Civil Veterinary Dept. North-West Frontier Province 1923-32 - 1923-1932
Year: 1923
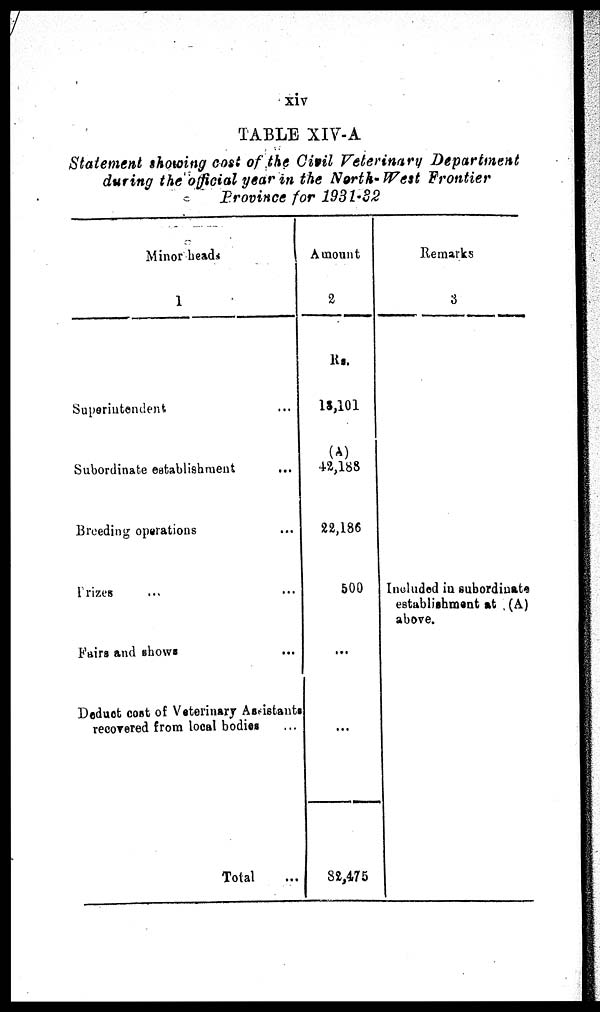
xiv
TABLE XIV-A
Statement showing cost of the Civil Veterinary Department
during the official year in the North-West Frontier
Province for 1931-32
Minor
heads
1
Superintendent …
Subordinate establishment …
Breeding operations …
Prizes … …
Fairs and shows …
Deduct cost of Veterinary Assistants
recovered from local bodies …
Total …
Amount
2
Rs.
13,101
(A)
42,188
22,186
500
...
…
82,475
Remarks
3
Included in subordinate
establishment at (A)
above.